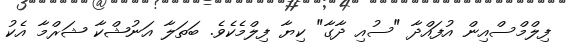
ފިލްމްސްއިން އުފައްދާ "ސުއި ދާގާ" ކިޔާ ފިލްމެކެވެ. ބަތަލާ އަނުޝްކާ ޝަރްމާ އެކު